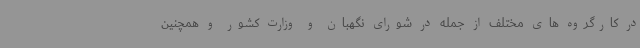
در کارگروه های مختلف از جمله در شورای نگهبان و وزارت کشور و همچنین